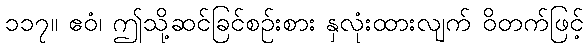
၁၁၇။ ဧဝံ၊ ဤသို့ဆင်ခြင်စဉ်းစား နှလုံးထားလျက် ဝိတက်ဖြင့်